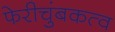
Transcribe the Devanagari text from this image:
फेरीचुंबकत्व